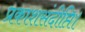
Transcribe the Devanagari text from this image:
प्रकाशसंदीप्ति।